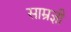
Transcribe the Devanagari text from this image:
साम्रज्ञी